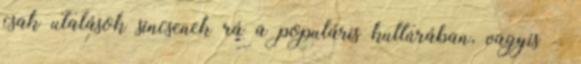
csak utalások sincsenek rá a populáris kultúrában, vagyis –